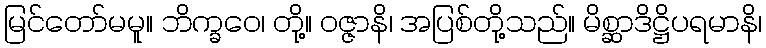
မြင်တော်မမူ။ ဘိက္ခဝေ၊ တို့။ ဝဇ္ဇာနိ၊ အပြစ်တို့သည်။ မိစ္ဆာဒိဋ္ဌိပရမာနိ၊